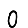
Digit: 0